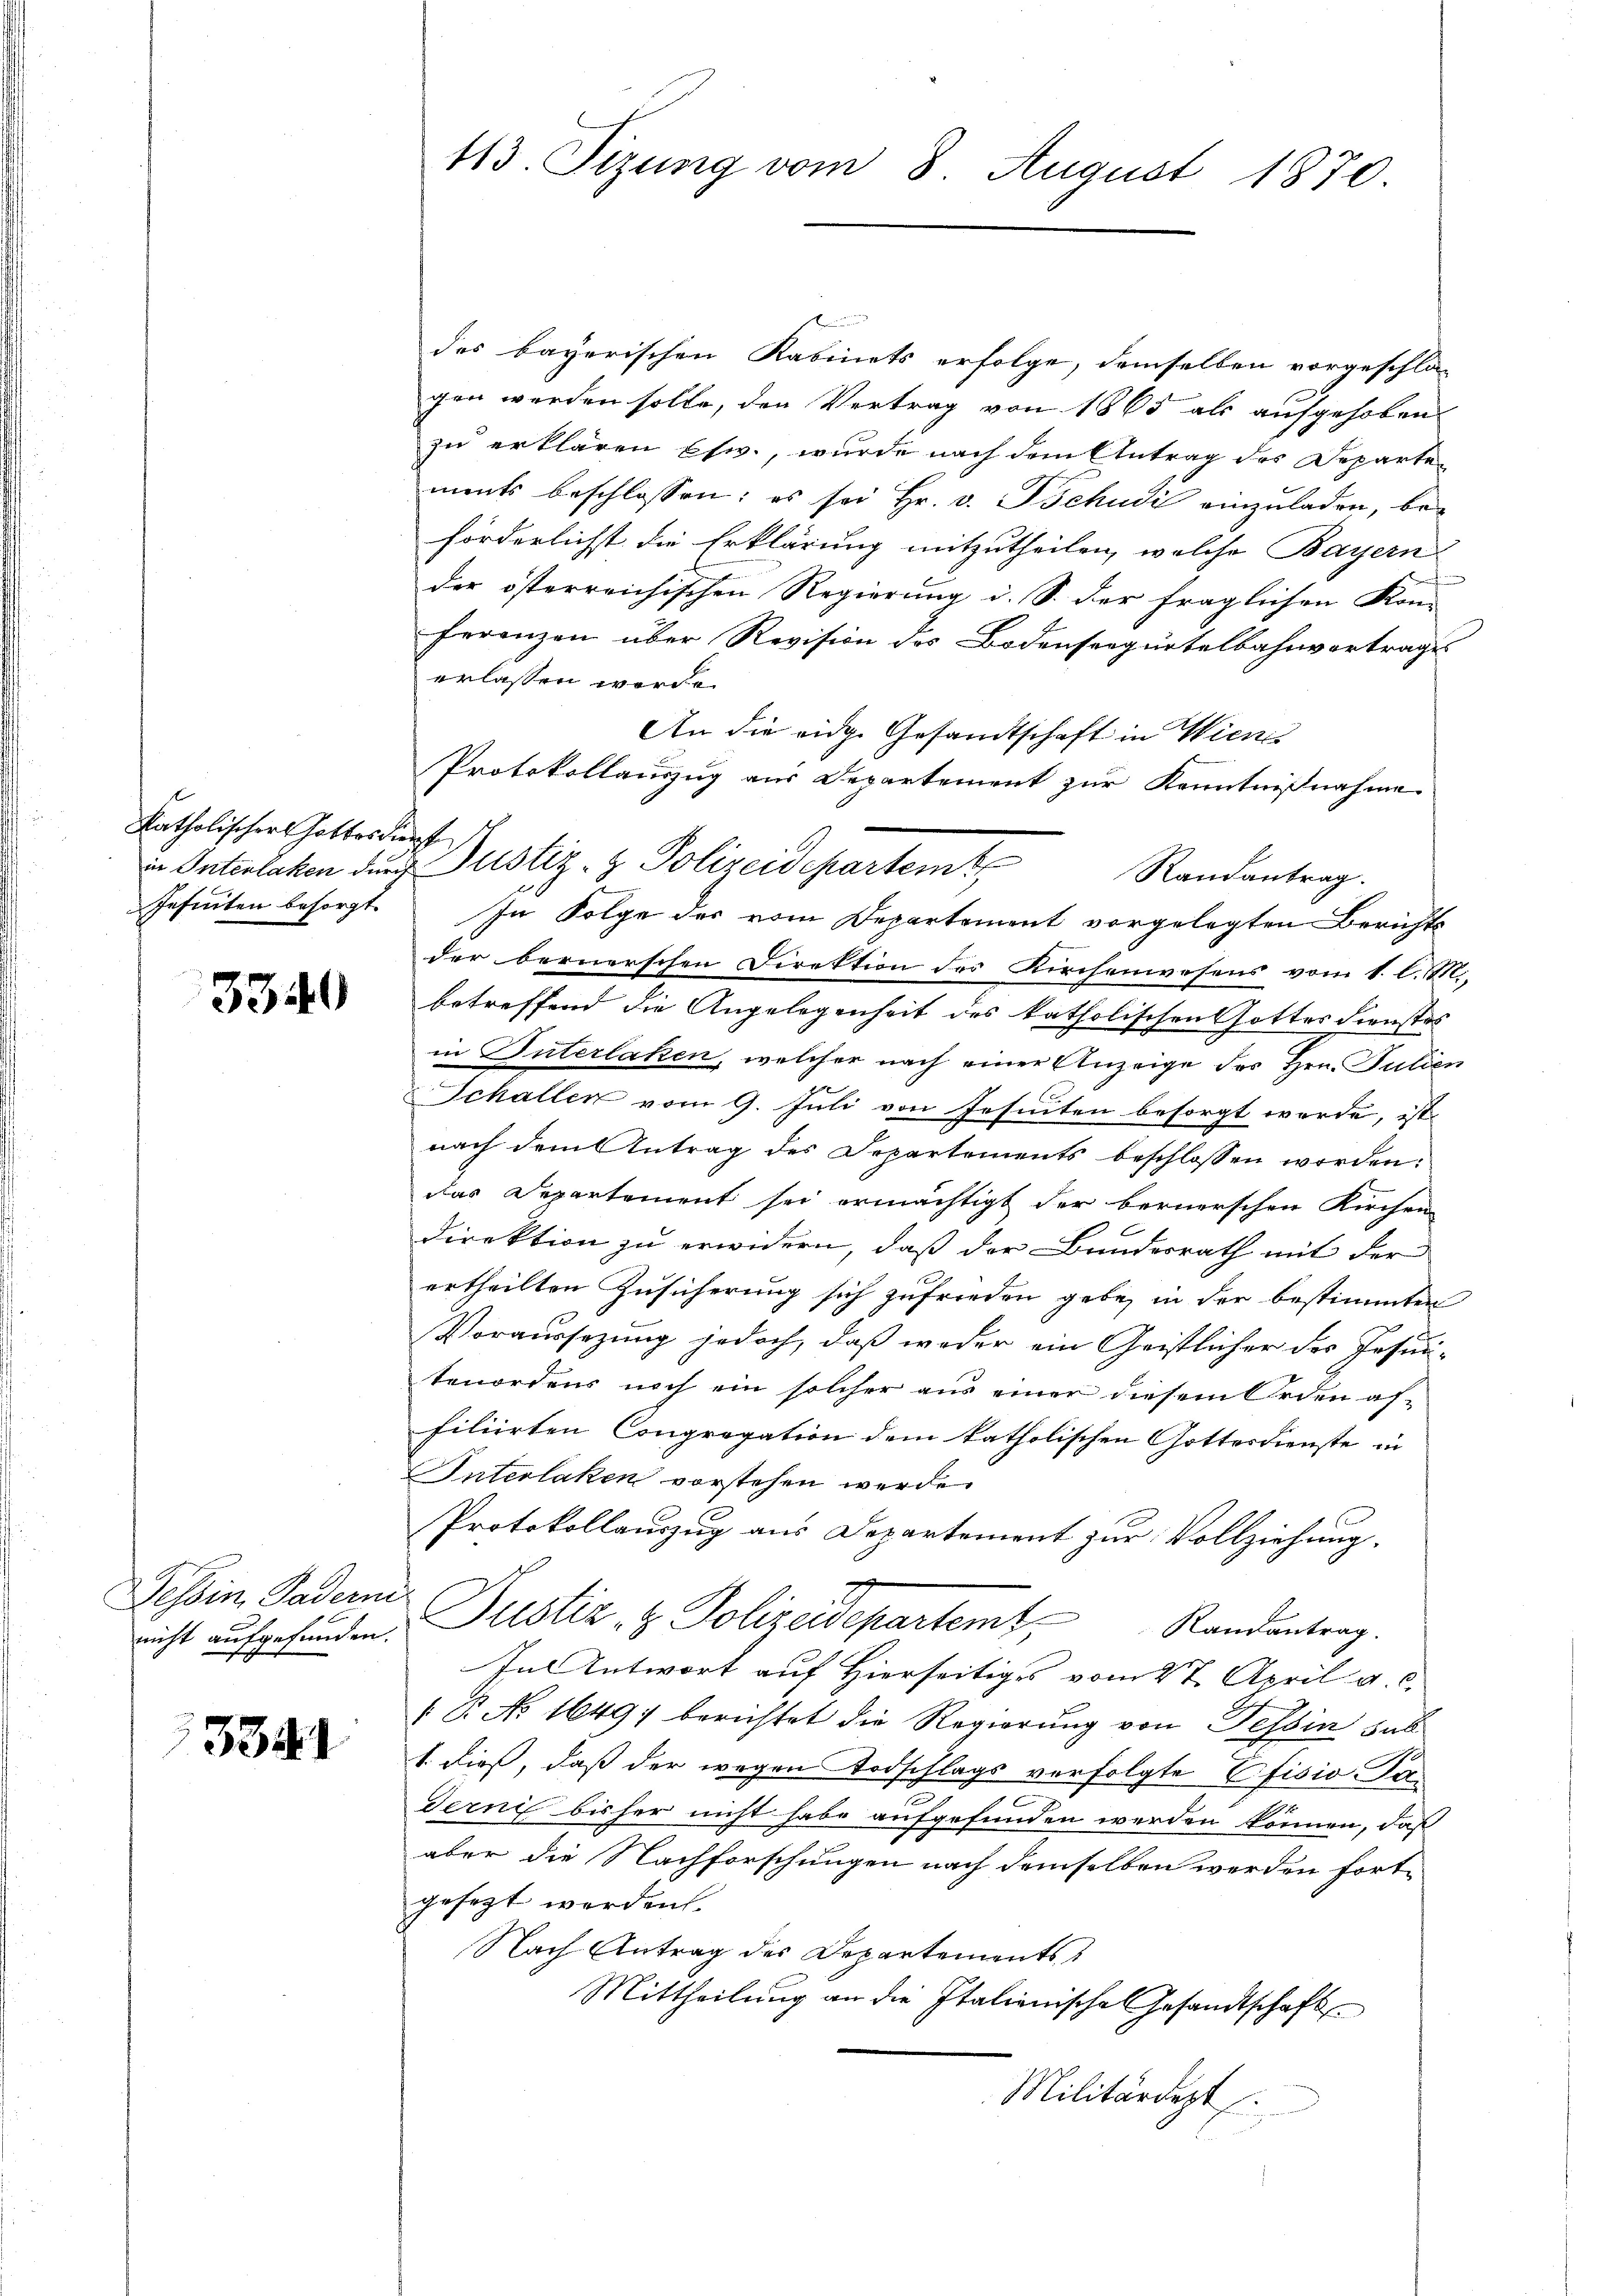
katholischers Gottesdie
Jehinten besorgt.

3340

Tessin Paderm
nicht aufgefunden.

3341

113 Tizung vom 8 August 1870

des bayerischen Kabinets erfolge, demselben vorgeschla-
gen werden solle, den Vertrag von 1865 als aufgehoben.
zu erklären Etw., wurde nach dem Antrag des Departen
ments beschlossen: es sei Hr. v. Tschudi einzuladen, be-
förderlichst die Erklärung mitzutheilen, welche Bayern
der österreichischen Regierung d. S. der fraglichen Kon-
ferenzen über Revision des Bodenseegürtelbahnvertrages
erlassen werde.
An die eidge Gesandtschaft in Wiene
Protokollauszug aus Departement zur Kenntnißnahme
u
Randantrag.
In Folge der vom Departement vorgelegten Berichts-
der bernerschen Direktion der Kirchenwesens vom 1. l. M.
betreffend die Angelegenheit des katholischen Gottesdienstes
in Interlaken, welcher nach einer Anzeige des Hrn. Julien
Schallen vom 9. Juli von Jesuiten besorgt werde, ist
nach dem Antrag des Departements beschlossen worden.
das Departement sei ermächtigt der bernerschen Kirchen
Direktion zu erwidern, daß der Bundesrath mit der
ertheilten Zusicherung sich zufrieden gebe, in der bestimmten
Voraussezung jedoch, daß weder ein Geistlicher des Jesuntenordens noch ein solcher aus einer diesem Orden as-
filierten Congregation dem katholischen Gottesdienste in
Interlaken vorstehen werde.
Protokollauszug aus Departement zur Vollziehung.
Justiz- & Polizeidepartem Randantrag.
In Antwort auf Hierseitiges vom 27. April a. c.
B No 1649; berichtet die Regierung von Tessin sub
1. dieß, daß der wegen Todschlags verfolgte Efisio Per¬
Ternis bisher nicht habe aufgefunden werden können, daß
aber die Nachforschungen nach demselben werden fortgesezt werden.
Nach Antrag des Departements
Mittheilung an die Italienisches Gesandtschaft
Militärdept

in Interlaken durch Justiz- & Polizeidepartemt